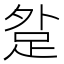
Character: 𨀑